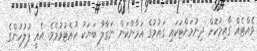
ވެއްޓެއް ގާއިމުކޮށް ދިނުމަށްޓަކައި ގައުމުގެ އަމާންކަން ނަގާލާ ބަޔަކު ހުއްޓުވުމެވެ. އެއީ ފުލުހުންގެ